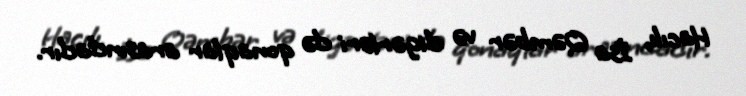
Hacılı, İsa Qəmbər və digərləri də qonaqlar arasındadır.